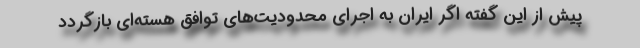
پیش از این گفته اگر ایران به اجرای محدودیت‌های توافق هسته‌ای بازگردد